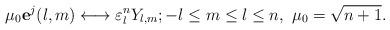
LaTeX: \begin{align*} \mu_{0}\mathbf{e}^{j}(l,m)\longleftrightarrow\varepsilon^{n}_{l}Y_{l,m};-l\leq m\leq l\leq n,\ \mu_{0}=\sqrt{n+1}.\end{align*}